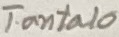
Text: Tantalo